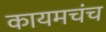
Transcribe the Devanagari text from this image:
कायमचंच